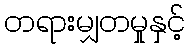
တရားမျှတမှုနှင့်